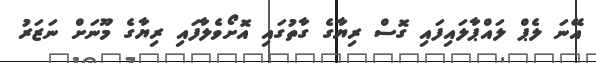
އޭނަ ލެޕް ލައްޕާލައިފައި ގޮސް ރިޔާގެ ގާތުގައި އޮށޯވެލާފައި ރިޔާގެ މޫނަށް ނަޒަރު